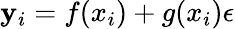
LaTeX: \mathbf{y}_{i}=f(x_{i})+g(x_{i})\epsilon